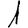
Digit: 1